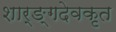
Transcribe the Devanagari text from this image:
शार्ङ्गदेवकृत